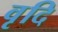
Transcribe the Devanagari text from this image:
वृदि